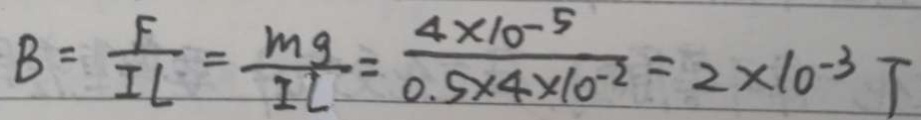
B = \frac { F } { I L } = \frac { m g } { I l } = \frac { 4 \times 1 0 ^ { - 5 } } { 0 . 5 \times 4 \times 1 0 ^ { - 2 } } = 2 \times 1 0 ^ { - 3 } T